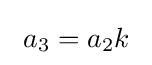
\ a_{3}=a_{2}k\